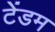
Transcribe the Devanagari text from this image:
टेंडम